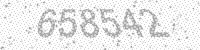
Solution: 658542